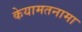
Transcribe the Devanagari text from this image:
केयामतनामा